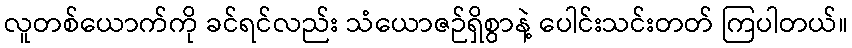
လူတစ်ယောက်ကို ခင်ရင်လည်း သံယောဇဉ်ရှိစွာနဲ့ ပေါင်းသင်းတတ် ကြပါတယ်။